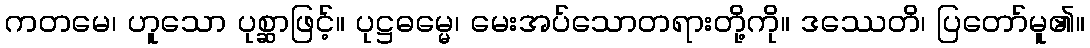
ကတမေ၊ ဟူသော ပုစ္ဆာဖြင့်။ ပုဋ္ဌဓမ္မေ၊ မေးအပ်သောတရားတို့ကို။ ဒဿေတိ၊ ပြတော်မူ၏။